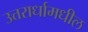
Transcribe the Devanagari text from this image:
उत्तरार्धामधील